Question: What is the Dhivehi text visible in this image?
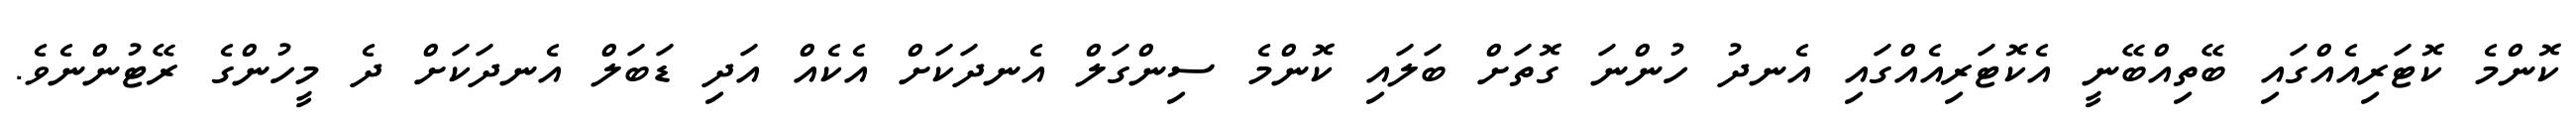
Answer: ކޮންމެ ކޮޓަރިއެއްގައި ބޭތިއްބޭނީ އެކޮޓަރިއެއްގައި އެނދު ހުންނަ ގޮތަށް ބަލައި ކޮންމެ ސިންގަލް އެނދަކަށް އެކެއް އަދި ޑަބަލް އެނދަކަށް ދެ މީހުންގެ ރޭޓުންނެވެ.